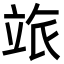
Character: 𥩷